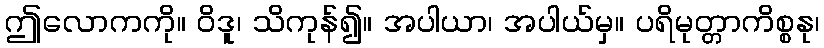
ဤလောကကို။ ဝိဒူ၊ သိကုန်၍။ အပါယာ၊ အပါယ်မှ။ ပရိမုတ္တာကိစ္စနု၊